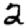
Digit: 2